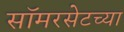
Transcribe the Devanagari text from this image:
सॉमरसेटच्या